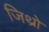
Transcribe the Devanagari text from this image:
जिथ्रो